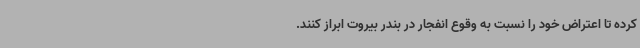
کرده تا اعتراض خود را نسبت به وقوع انفجار در بندر بیروت ابراز کنند.